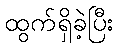
ထွက်ရှိခဲ့ပြီး